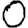
Digit: 0